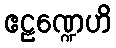
ဧဠဏ္ဍေဟိ